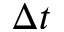
\Delta t